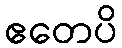
ဧတေပိ